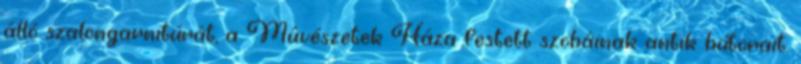
álló szalongarnitúrát, a Mûvészetek Háza festett szobáinak antik bútorait.